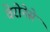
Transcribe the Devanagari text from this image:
वेरोनेसे